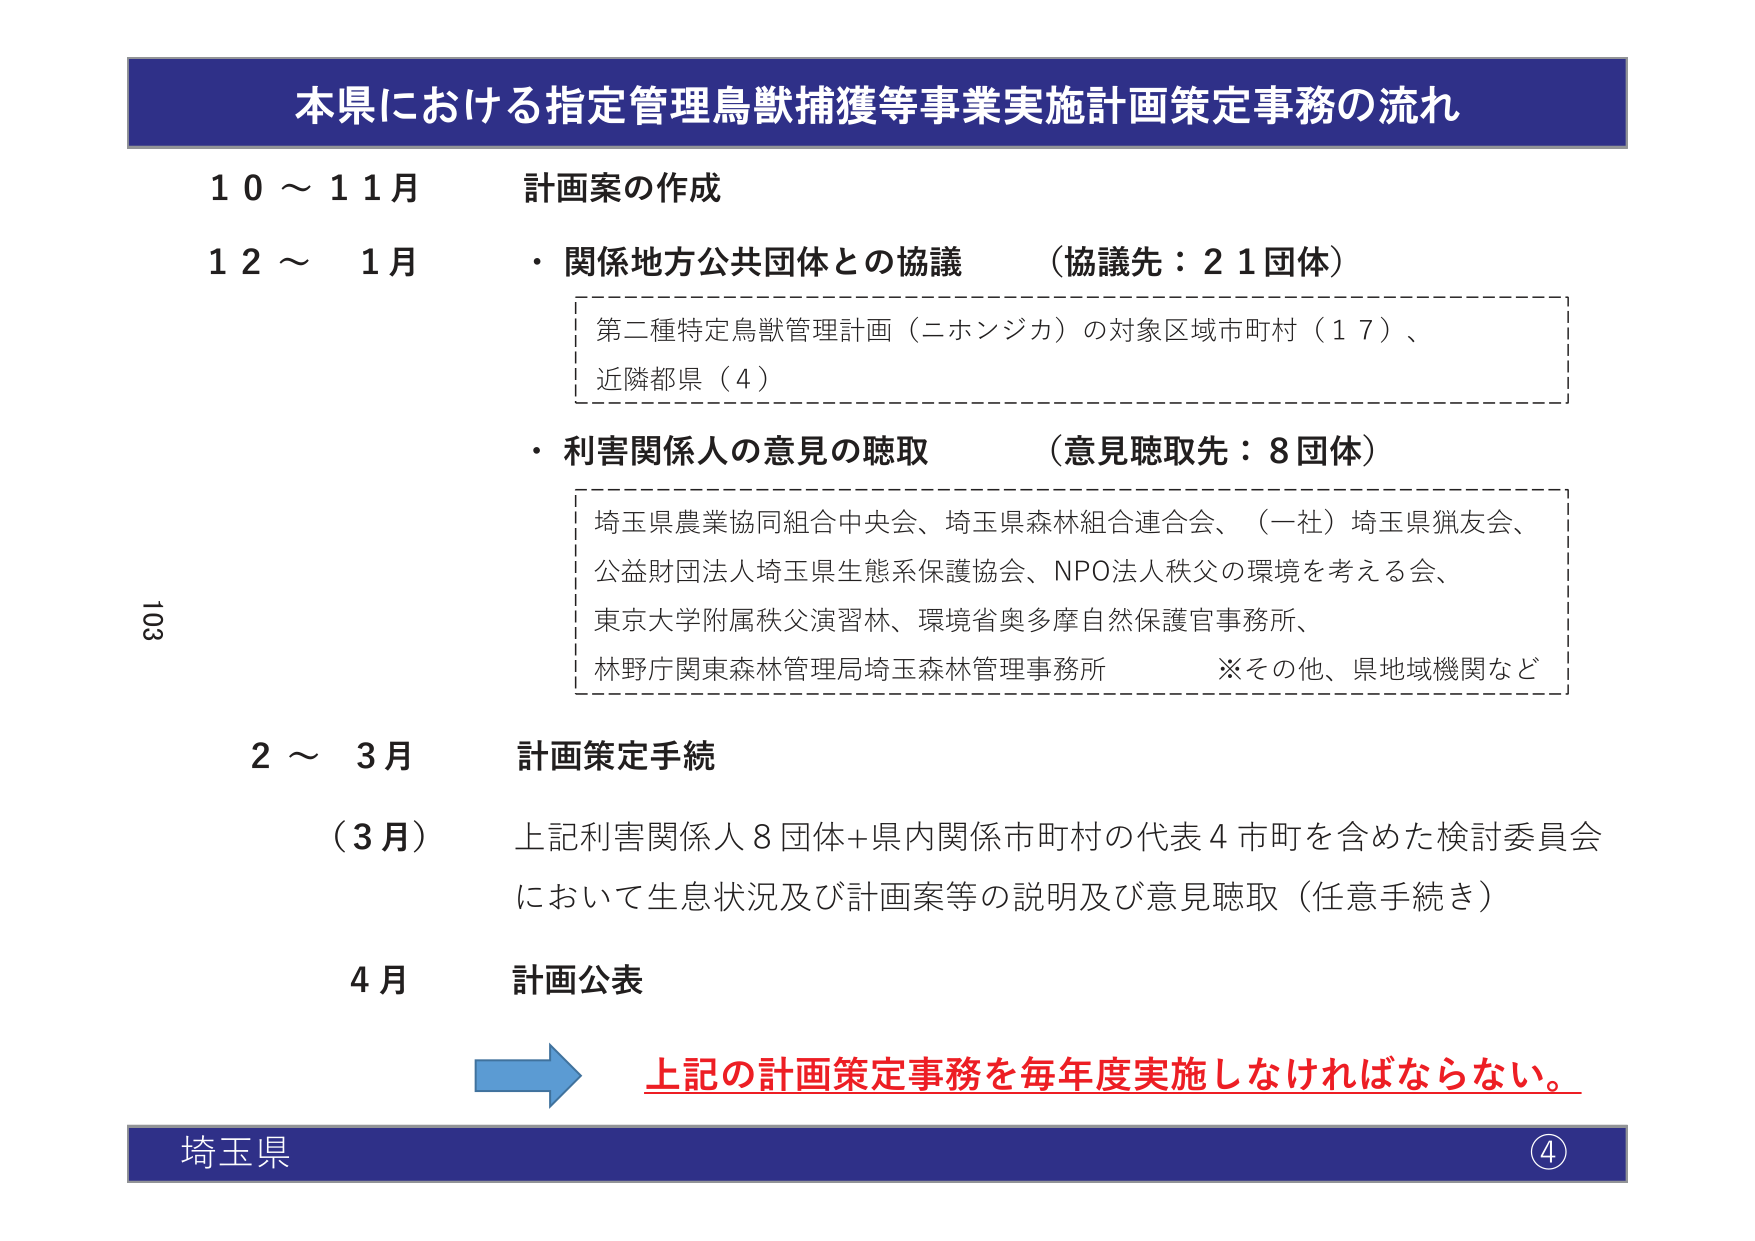
本県における指定管理鳥獣捕獲等事業実施計画策定事務の流れ

10～11月 計画案の作成

12～1月
・関係地方公共団体との協議 （協議先：21団体）
　第二種特定鳥獣管理計画（ニホンジカ）の対象区域市町村（17）、
　近隣都県（4）

・利害関係人の意見の聴取 （意見聴取先：8団体）
　埼玉県農業協同組合中央会、埼玉県森林組合連合会、（一社）埼玉県猟友会、
　公益財団法人埼玉県生態系保護協会、NPO法人秩父の環境を考える会、
　東京大学附属秩父演習林、環境省奥多摩自然保護官事務所、
　林野庁関東森林管理局埼玉森林管理事務所　※その他、県地域機関など

2～3月 計画策定手続

（3月） 上記利害関係人8団体+県内関係市町村の代表4市町を含めた検討委員会
　　　　において生息状況及び計画案等の説明及び意見聴取（任意手続き）

4月 計画公表

→ 上記の計画策定事務を毎年度実施しなければならない。

埼玉県 ④

103